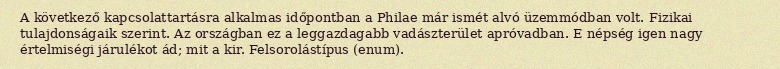
A következő kapcsolattartásra alkalmas időpontban a Philae már ismét alvó üzemmódban volt. Fizikai tulajdonságaik szerint. Az országban ez a leggazdagabb vadászterület apróvadban. E népség igen nagy értelmiségi járulékot ád; mit a kir. Felsorolástípus (enum).